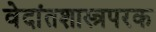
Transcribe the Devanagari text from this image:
वेदांतशास्त्रपरक